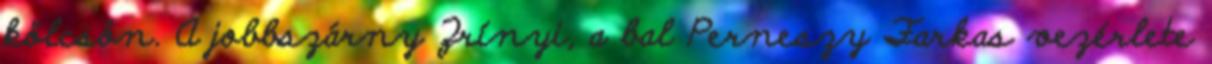
kölcsön. A jobbszárny Zrínyi, a bal Perneszy Farkas vezérlete